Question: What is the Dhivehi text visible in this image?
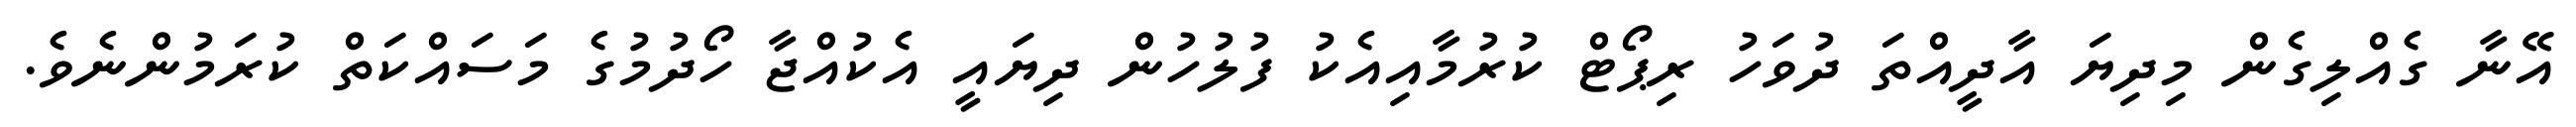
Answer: އޭނާ ގެއްލިގެން މިދިޔަ އާދީއްތަ ދުވަހު ރިޕޯޓް ކުރުމާއިއެކު ފުލުހުން ދިޔައީ އެކުއްޖާ ހޯދުމުގެ މަސައްކަތް ކުރަމުންނެވެ.